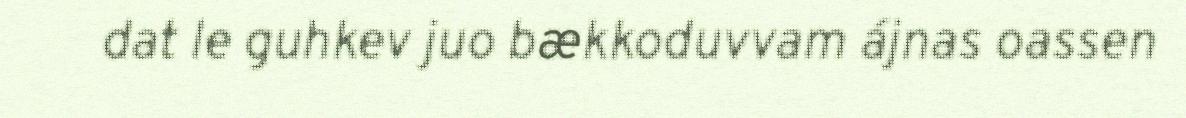
dat le guhkev juo bækkoduvvam ájnas oassen